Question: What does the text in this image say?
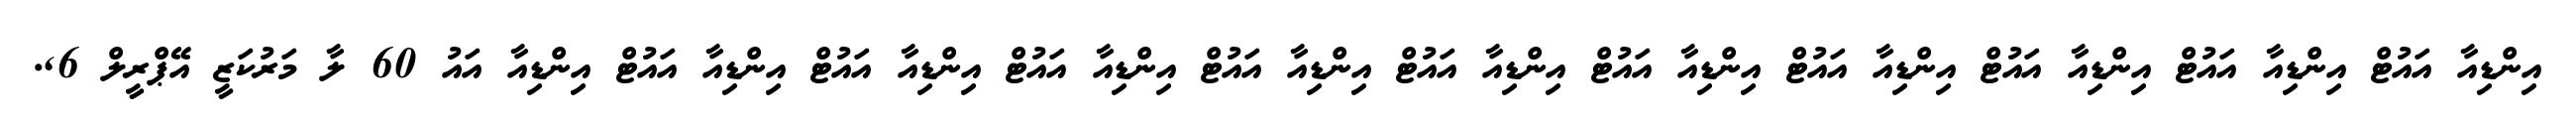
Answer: އިންޑިއާ އައުޓް އިންޑިއާ އައުޓް އިންޑިއާ އައުޓް އިންޑިއާ އައުޓް އިންޑިއާ އައުޓް އިންޑިއާ އައުޓް އިންޑިއާ އައުޓް އިންޑިއާ އައުޓް އިންޑިއާ އައުޓް އިންޑިއާ އައުޓް އިންޑިއާ އައު 60 ލާ މަރުކަޒީ އޭޕްރީލް 6,.